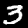
Digit: 3